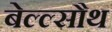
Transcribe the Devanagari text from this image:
बेल्ल्सौथ